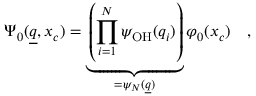
\Psi _ { 0 } ( \underline { { q } } , x _ { c } ) = \underbrace { \left( \prod _ { i = 1 } ^ { N } \psi _ { \mathrm { O H } } ( q _ { i } ) \right) } _ { = \psi _ { N } ( \underline { { q } } ) } \varphi _ { 0 } ( x _ { c } ) \quad ,